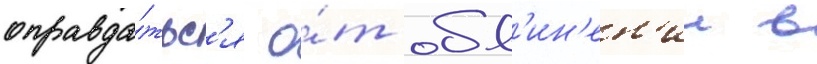
оправда́тьс'я о́т обв'ин'ен'ии в